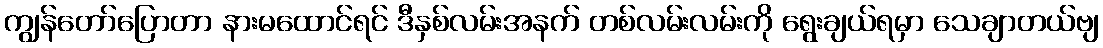
ကျွန်တော်ပြောတာ နားမထောင်ရင် ဒီနှစ်လမ်းအနက် တစ်လမ်းလမ်းကို ရွေးချယ်ရမှာ သေချာတယ်ဗျ